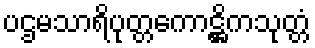
ပဌမသာရိပုတ္တကောဋ္ဌိကသုတ္တံ